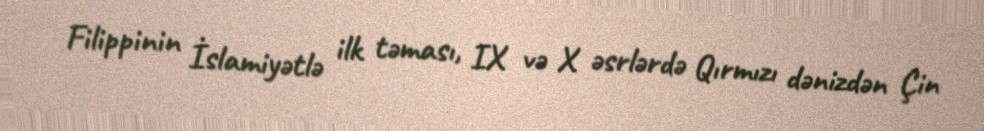
Filippinin İslamiyətlə ilk təması, IX və X əsrlərdə Qırmızı dənizdən Çin